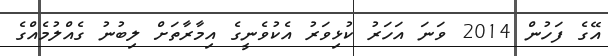
އޭގެ ފަހުން 2014 ވަނަ އަހަރު ކުޅިވަރު އެކުވެނީގެ އިމާރާތަށް ލިބުނު ގެއްލުމެއްގެ